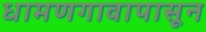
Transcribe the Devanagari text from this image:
धामणगावापासून